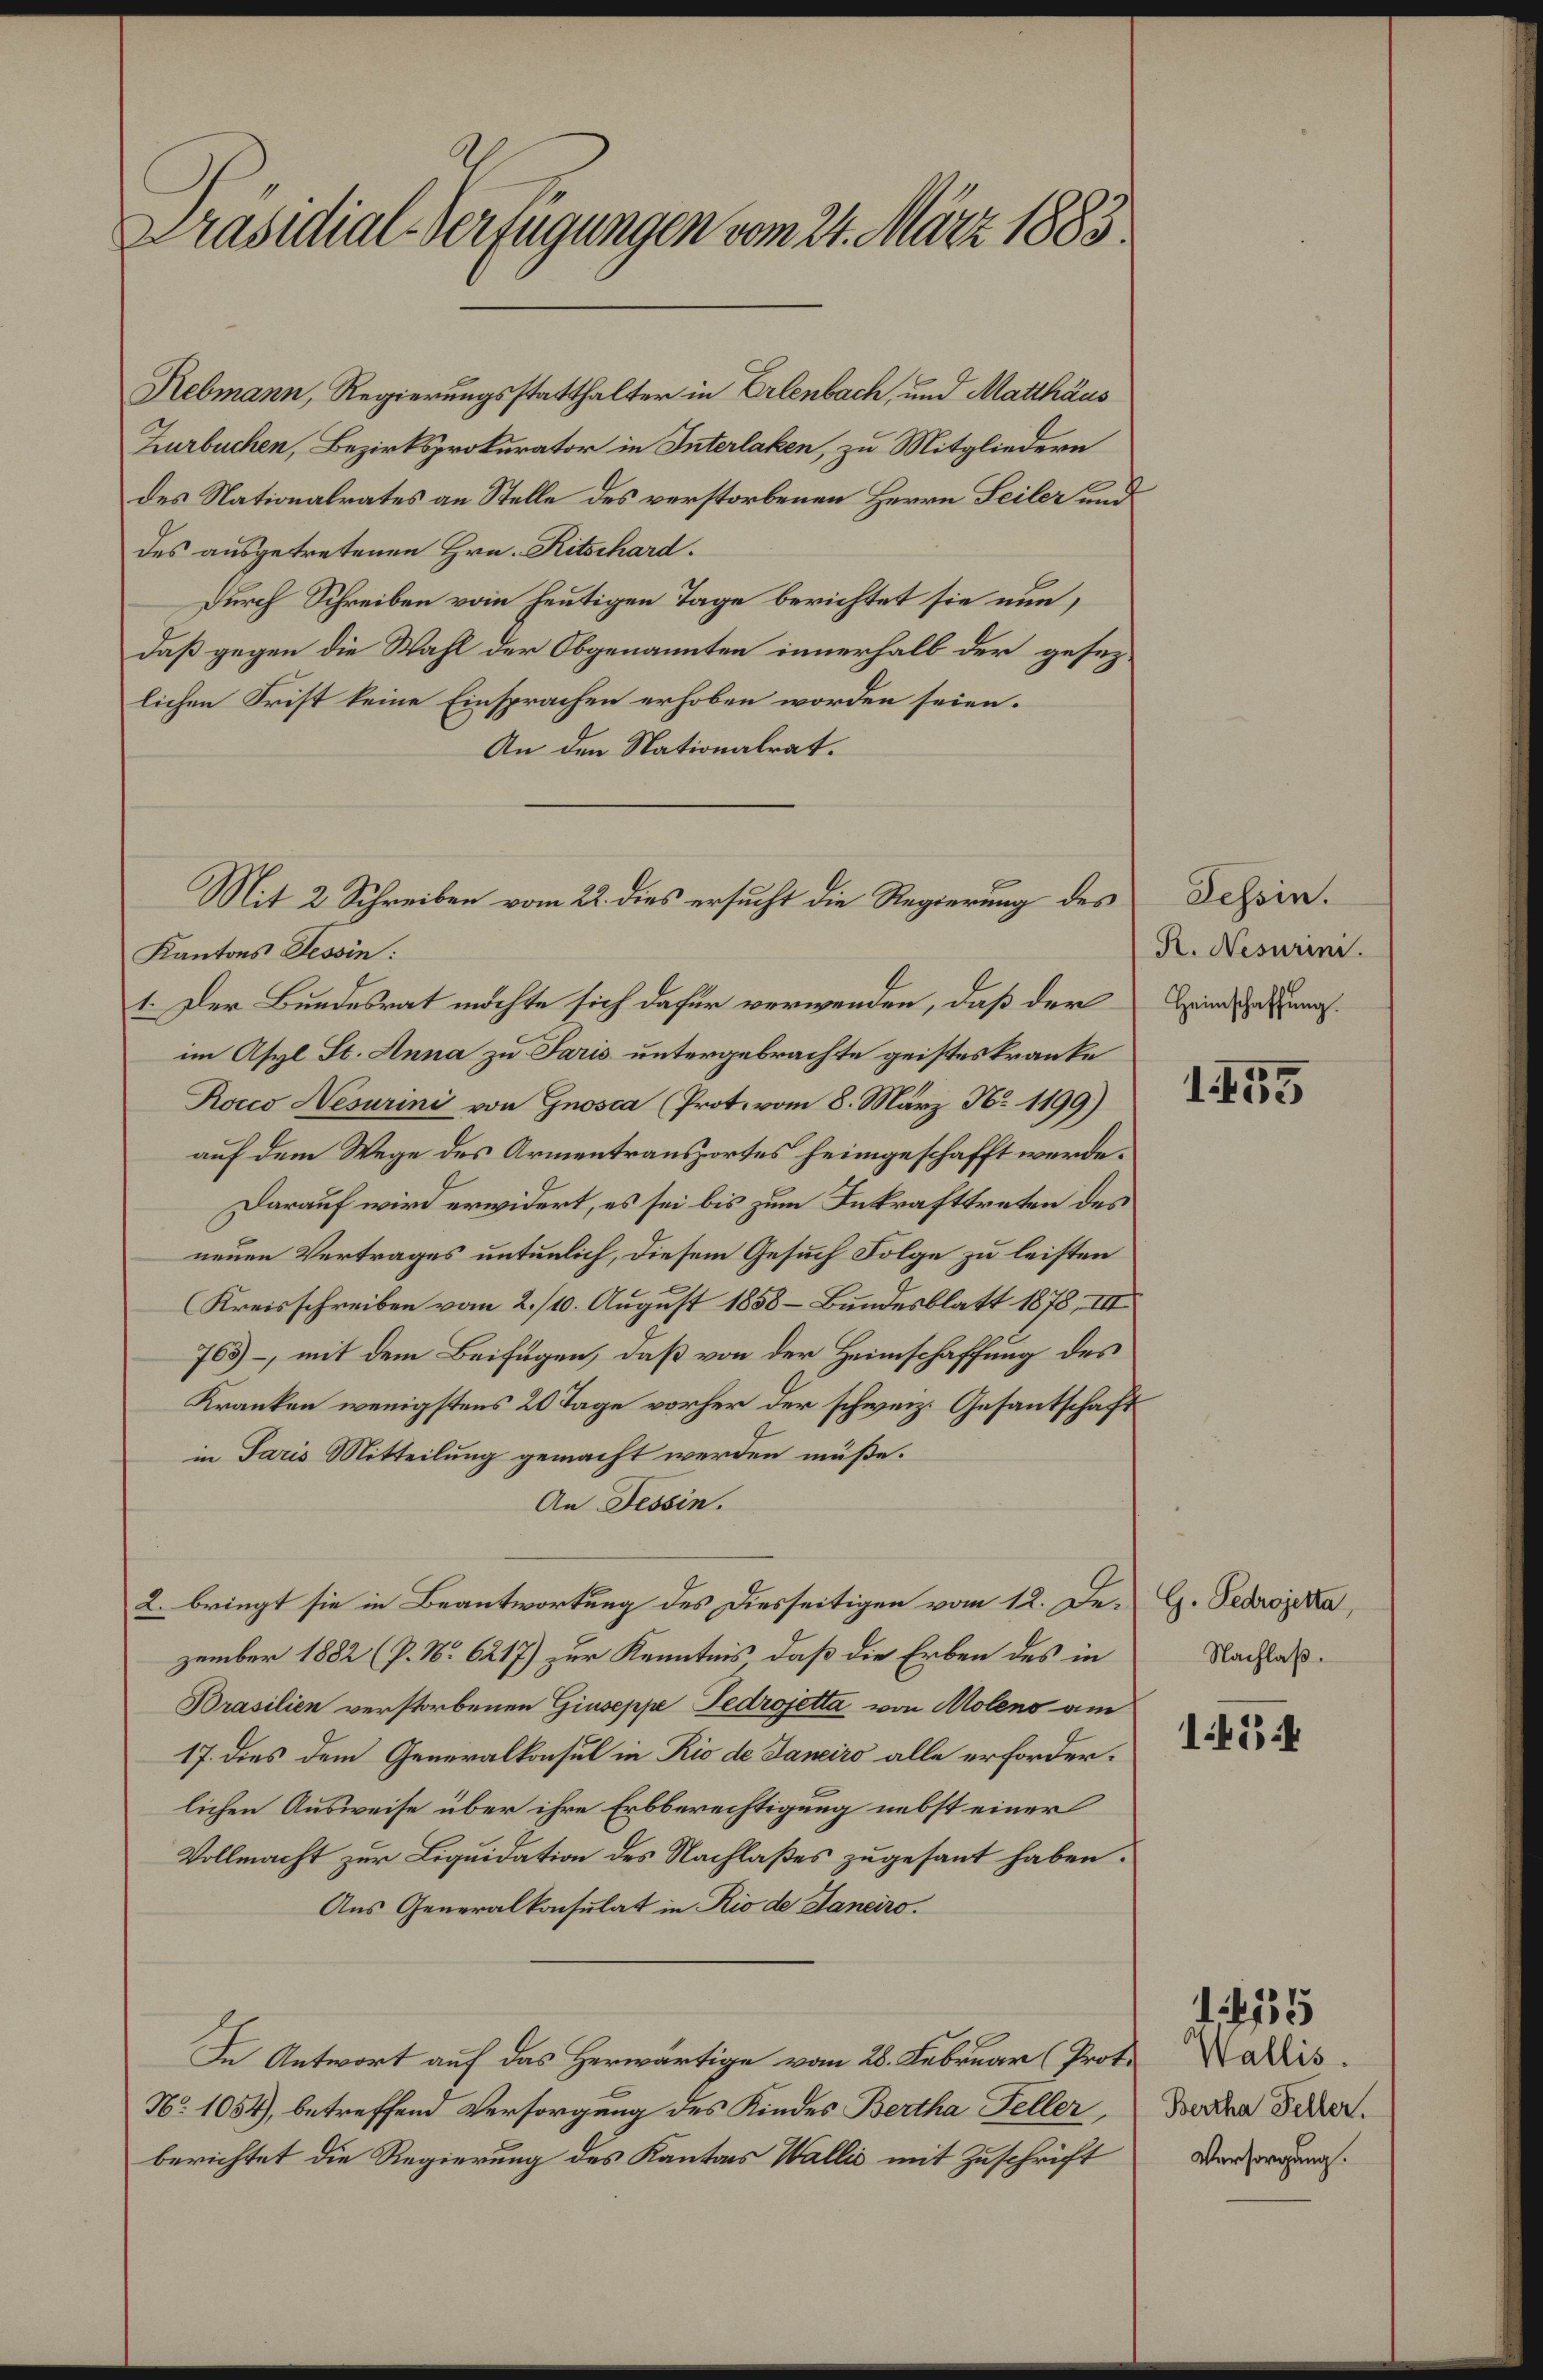
Präsidial-Verfügungen vom 24. März 1883.
Rebmann, Regierungsstatthalter in Erlenbach, und Matthäus
Zurbuchen, Bezirksprokurator in Interlaken, zu Mitgliedern
des Nationalrates an Stelle des verstorbenen Herrn Seiler und
des ausgetretenen Hrn. Ritschard.
Durch Schreiben vom heutigen Tage berichtet sie nun,
daß gegen die Wahl der Obgenannten innerhalb der gesez¬
lichen Frist keine Einsprachen erhoben worden seien.
An den Nationalrat.
Tessin.
R. Nesurini.
Heimschaffung.
1483
Mit 2 Schreiben vom 22. dies ersucht die Regierung des
Kantons Tessin:
1. Der Bundesrat möchte sich dafür verwenden, daß der
im Asyl St. Anna zu Paris untergebrachte geisteskranke
Rocco Nesurini von Gnosca (Prot. vom 8. März No 1199)
auf dem Wege des Armentransportes heimgeschafft werde.
Darauf wird erwidert, es sei bis zum Inkrafttreten des
neuen Vertrages untunlich, diesem Gesuch Folge zu leisten
(Kreisschreiben vom 2./10. August 1858 — Bundesblatt 1878, III
763)—, mit dem Beifügen, daß von der Heimschaffung des
Kranken wenigstens 20 Tage vorher der schweiz. Gesantschaft
in Paris Mitteilung gemacht werden müße.
An Tessin.
G. Pedrojetta,
Nachlaß.
1484
2. bringt sie in Beantwortung des Diesseitigen vom 12. De¬
zember 1882 (P. No 6217) zur Kenntnis, daß die Erben des in
Brasilien verstorbenen Giuseppe Pedrojetta von Moleno am
17. dies dem Generalkonsul in Rio de Janeiro alle erforder¬
lichen Ausweise über ihre Erbberechtigung nebst einer
Vollmacht zur Liquidation des Nachlaßes zugesant haben.
Ans Generalkonsulat in Rio de Janeiro.
1485
Wallis.
Bertha Feller.
Versorgung.
In Antwort auf das Herwärtige vom 28. Februar (Prot.
No 1054), betreffend Versorgung des Kindes Bertha Feller,
berichtet die Regierung des Kantons Wallis mit Zuschrift